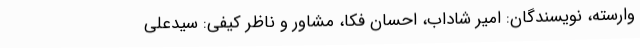
وارسته، نویسندگان: امیر شاداب، احسان فکا، مشاور و ‌ناظر کیفی: سیدعلی